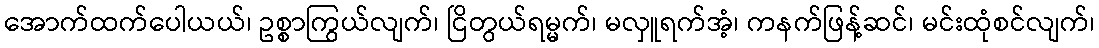
အောက်ထက်ပေါယယ်၊ ဥစ္စာကြွယ်လျက်၊ ငြိတွယ်ရမ္မက်၊ မလှူရက်အံ့၊ ကနက်ဖြန့်ဆင်၊ မင်းထုံစင်လျက်၊